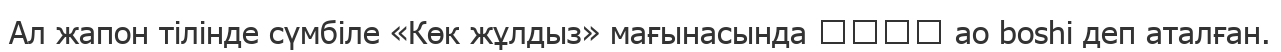
Ал жапон тілінде сүмбіле «Көк жұлдыз» мағынасында あおぼし ao boshi деп аталған.